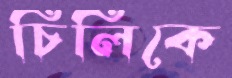
চিলিকে